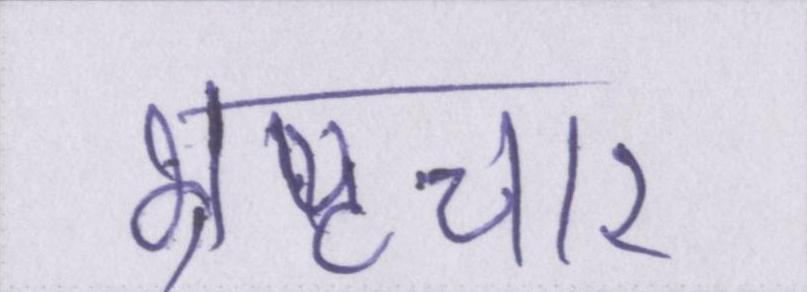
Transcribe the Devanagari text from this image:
भ्रष्टचार